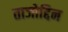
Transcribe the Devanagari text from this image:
ताजोद्दिन